kultuurilooline_kollektsioon, lk 12
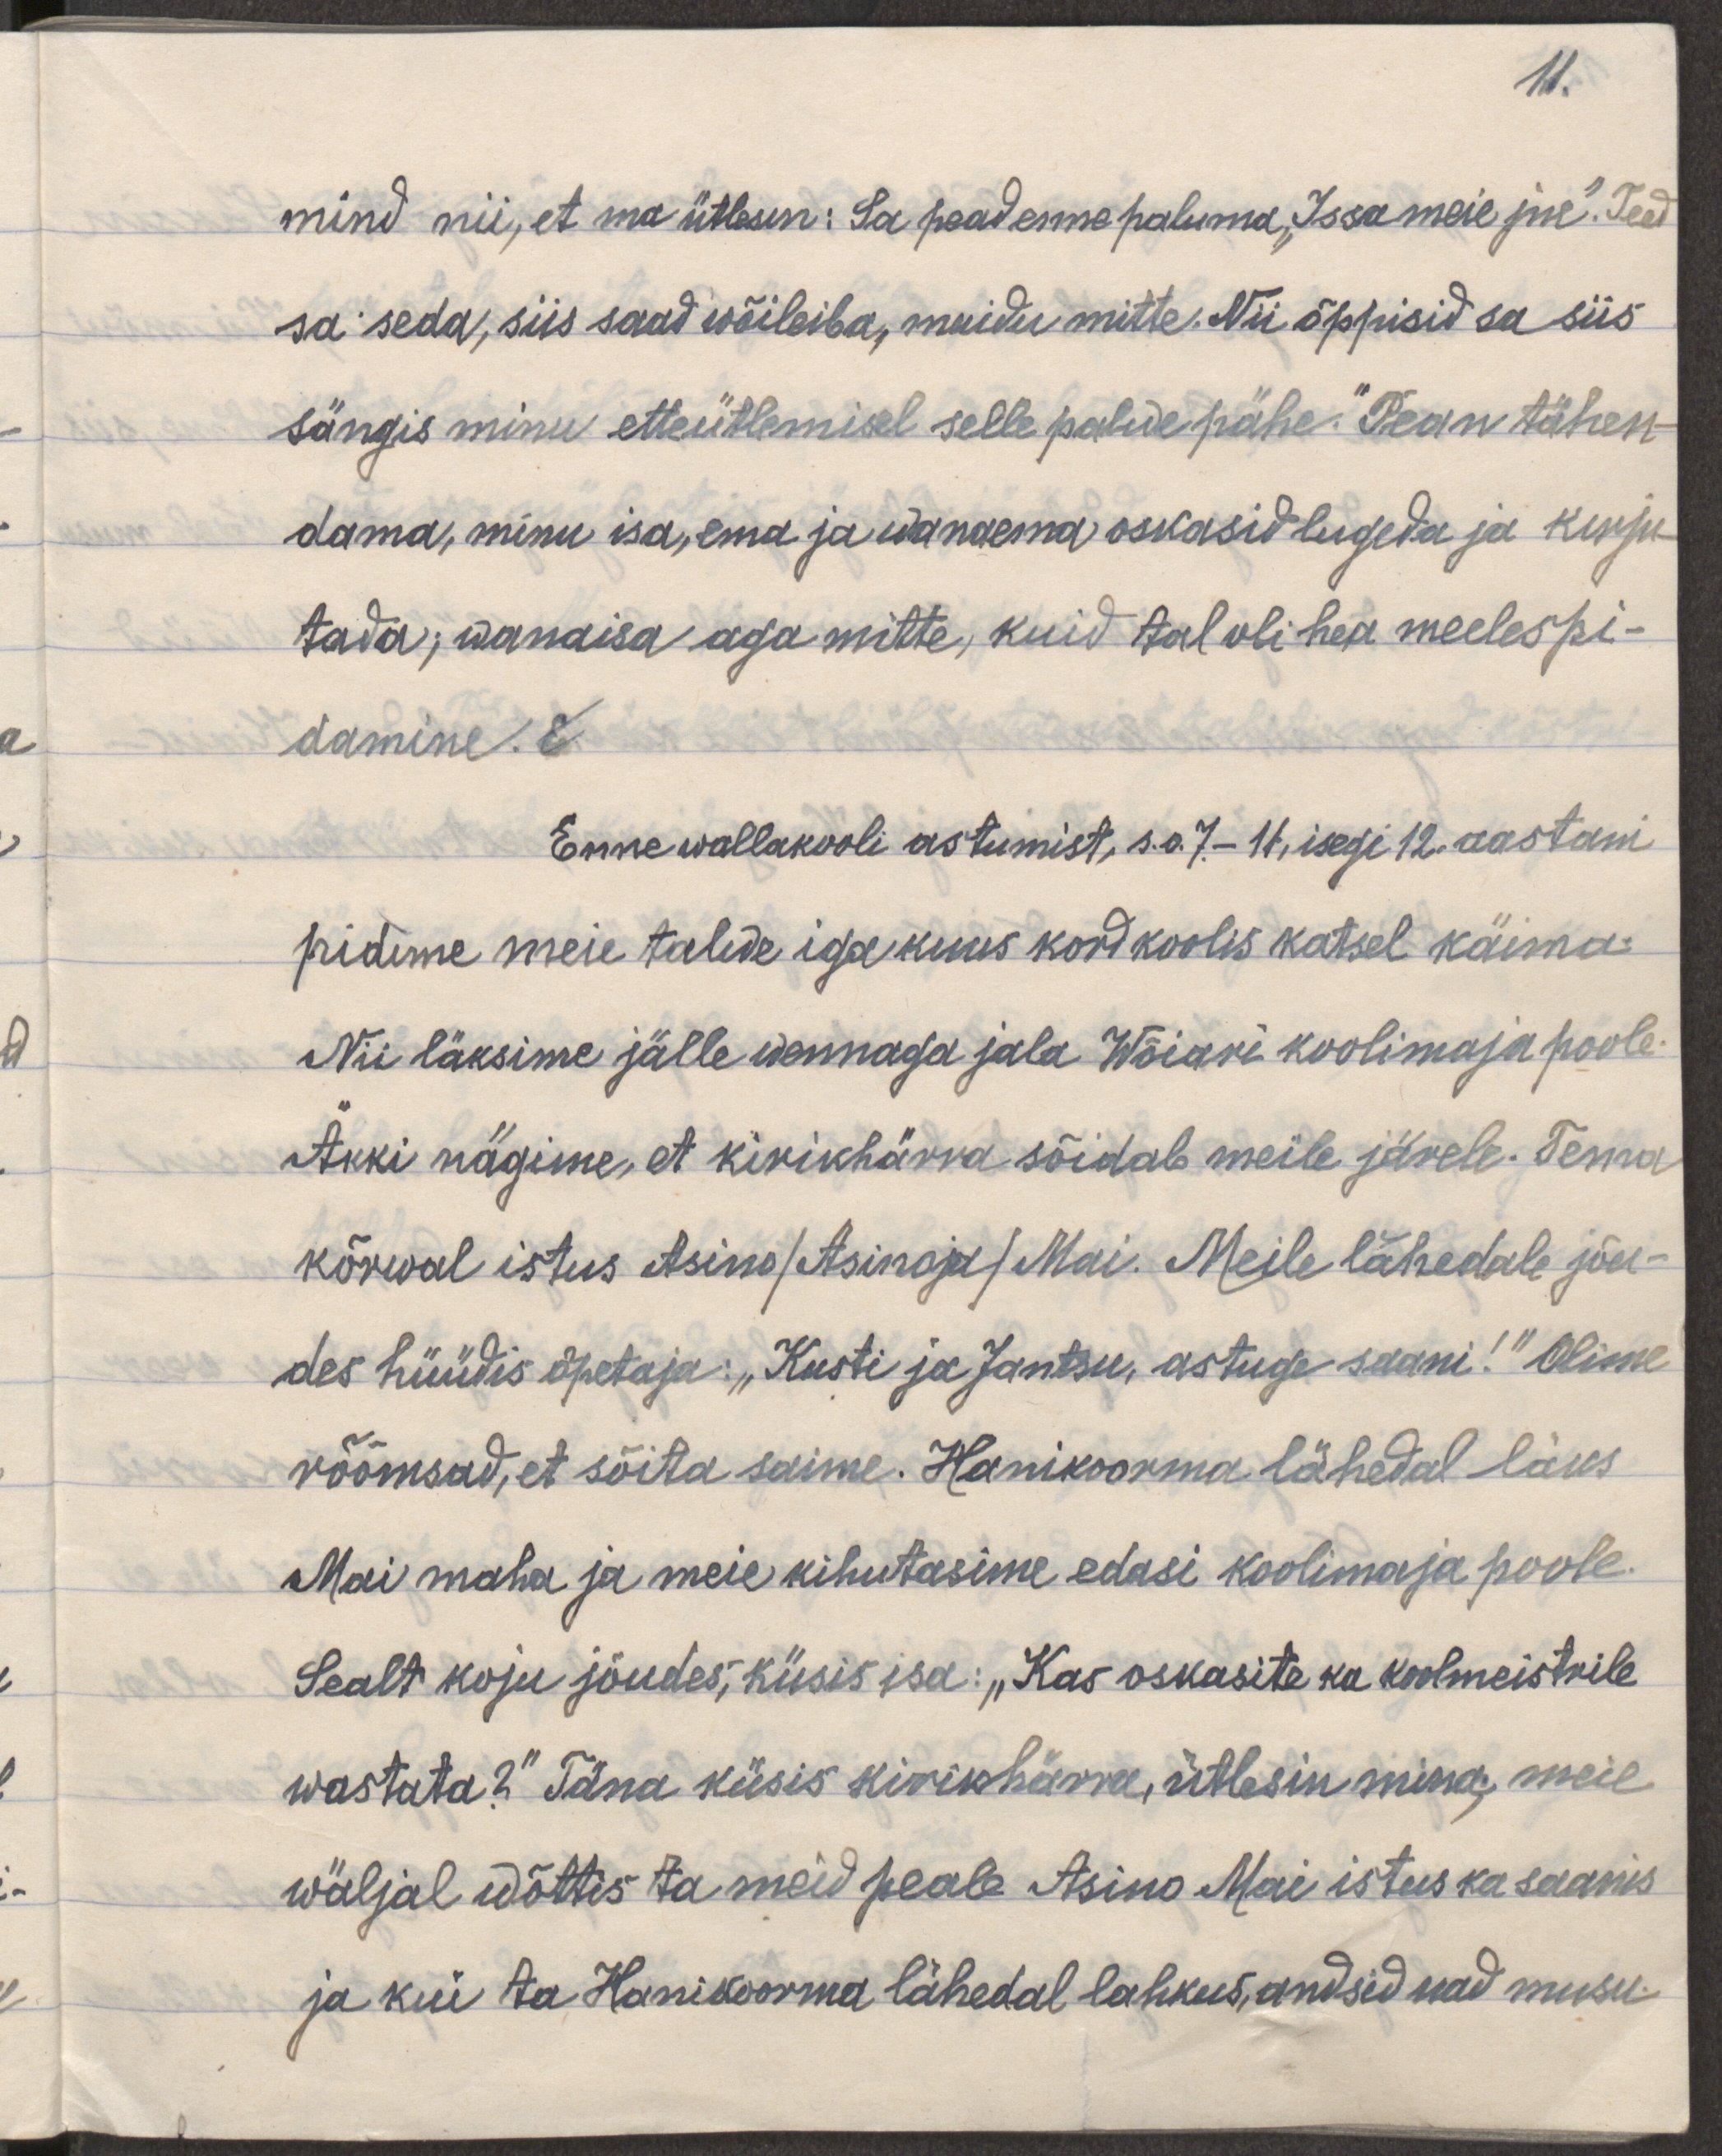
11.
mind nii, et ma ütlesin: Sa pead enne paluma "Issa meie jne". Teed
sa seda, siis saad wõileiba, muidu mitte. Nii õppisid sa siis
sängis minu etteütlemisel selle palwe pähe." Pean tähen-
dama, minu isa, ema ja wanaema oskasid lugeda ja kirju-
tada; wanaisa aga mitte, kuid tal oli hea meelespi-
damine.
Enne wallakooli astumist, s.o 7.-11, isegi 12. aastani
pidime meie talwe iga kuus kord koolis katsel käima
Nii läksime jälle wennaga jala Wõiari koolimaja poole.
Äkki nägime, et kirikhärra sõidab meile järele. Tema
kõrval istus Asino/ Asinoja/Mai. Meile lähedale jõu-
des hüüdis õpetaja: "Kusti ja Jantsu, astuge saani!" Olime
rõõmsad, et sõita saime. Hanikoorma lähedal läks
Mai maha ja meie kihutasime edasi koolimaja poole.
Sealt koju jõudes, küsis isa:" Kas oskasite ka koolmeistrile
wastata?" Täna küsis kirikhärra, ütlesin mina, meie
wäljal wõttis ta meid peale. Asino Mai istus ka saanis
ja kui ta Hanikoorma lähedal lahkus, andsid nad musu